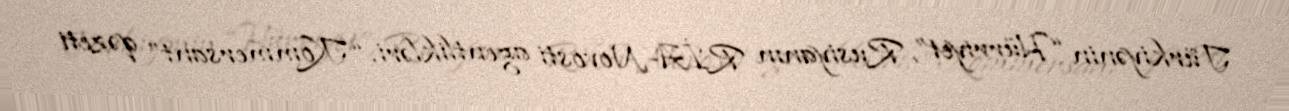
Türkiyənin “Hürriyet”, Rusiyanın RİA-Novosti agentlikləri, “Kommersant” qəzeti